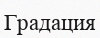
Градация